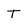
Character: T